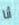
أنا